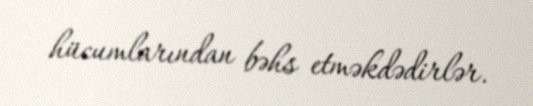
hücumlarından bəhs etməkdədirlər.